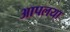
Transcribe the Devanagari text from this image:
आपलया